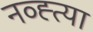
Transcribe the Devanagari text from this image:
नव्ह्त्या